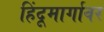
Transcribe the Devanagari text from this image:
हिंदूमार्गावर